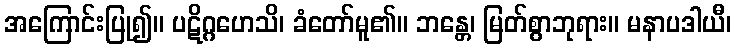
အကြောင်းပြု၍။ ပဋိဂ္ဂဟေသိ၊ ခံတော်မူ၏။ ဘန္တေ၊ မြတ်စွာဘုရား။ မနာပဒါယီ၊